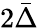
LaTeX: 2\bar{\Delta}